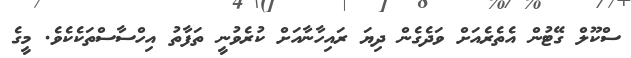
ސްކޫލް ގޭޓުން އެތެރެއަށް ވަދެގެން ދިޔަ ރައިހާނާއަށް ކުރެވުނީ ތަފާތު އިހްސާސްތަކެކެވެ. މީގެ